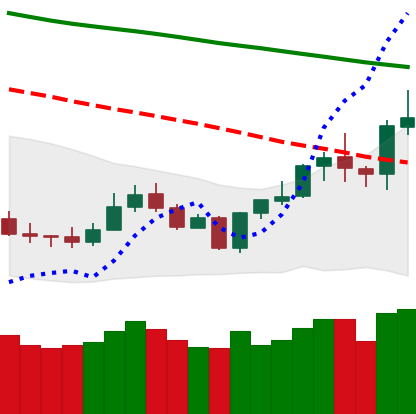
Ticker: LTC-USD
Chart end date: 2020-01-11
Forward return: 16.959%
Label: up_7plus